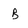
Character: B